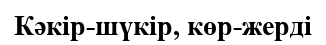
Кәкір-шүкір, көр-жерді